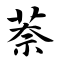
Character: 萘